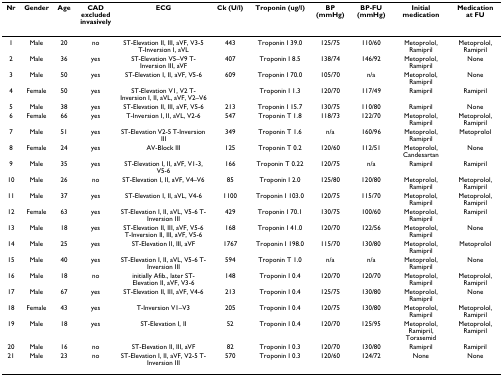
<table><thead><tr><td><b>Nr</b></td><td><b>Gender</b></td><td><b>Age</b></td><td><b>CAD excluded invasively</b></td><td><b>ECG</b></td><td><b>Ck (U/l)</b></td><td><b>Troponin (ug/l)</b></td><td><b>BP (mmHg)</b></td><td><b>BP-FU (mmHg)</b></td><td><b>Initial medication</b></td><td><b>Medication at FU</b></td></tr></thead><tbody><tr><td>1</td><td>Male</td><td>20</td><td>no</td><td>ST-Elevation II, III, aVF, V3-5 T-Inversion I, aVL</td><td>443</td><td>Troponin I 39.0</td><td>125/75</td><td>110/60</td><td>Metoprolol, Ramipril</td><td>Metoprolol, Ramipril</td></tr><tr><td>2</td><td>Male</td><td>36</td><td>yes</td><td>ST-Elevation V5–V9 T-Inversion III, aVF</td><td>407</td><td>Troponin I 8.5</td><td>138/74</td><td>146/92</td><td>Metoprolol, Ramipril</td><td>None</td></tr><tr><td>3</td><td>Male</td><td>50</td><td>yes</td><td>ST-Elevation I, II, aVF, V5-6</td><td>609</td><td>Troponin I 70.0</td><td>105/70</td><td>n/a</td><td>Metoprolol, Ramipril</td><td>None</td></tr><tr><td>4</td><td>Female</td><td>50</td><td>yes</td><td>ST-Elevation V1, V2 T-Inversion I, II, aVL, aVF, V2–V6</td><td></td><td>Troponin I 1.3</td><td>120/70</td><td>117/49</td><td>Ramipril</td><td>Ramipril</td></tr><tr><td>5</td><td>Male</td><td>38</td><td>yes</td><td>ST-Elevation II, III, aVF, V5-6</td><td>213</td><td>Troponin I 15.7</td><td>130/75</td><td>110/80</td><td>Ramipril</td><td>None</td></tr><tr><td>6</td><td>Female</td><td>66</td><td>yes</td><td>T-Inversion I, II, aVL, V2-6</td><td>547</td><td>Troponin T 1.8</td><td>118/73</td><td>122/70</td><td>Metoprolol, Ramipril</td><td>Metoprolol, Ramipril</td></tr><tr><td>7</td><td>Male</td><td>51</td><td>yes</td><td>ST-Elevation V2-5 T-Inversion III</td><td>349</td><td>Troponin T 1.6</td><td>n/a</td><td>160/96</td><td>Metoprolol, Ramipril</td><td>Metoprolol</td></tr><tr><td>8</td><td>Female</td><td>24</td><td>yes</td><td>AV-Block III</td><td>125</td><td>Troponin T 0.2</td><td>120/60</td><td>112/51</td><td>Metoprolol, Candesartan</td><td>None</td></tr><tr><td>9</td><td>Male</td><td>35</td><td>yes</td><td>ST-Elevation I, II, aVF, V1-3, V5-6</td><td>166</td><td>Troponin T 0.22</td><td>120/75</td><td>n/a</td><td>Ramipril</td><td>Ramipril</td></tr><tr><td>10</td><td>Male</td><td>26</td><td>no</td><td>ST-Elevation I, II, aVF, V4–V6</td><td>85</td><td>Troponin I 2.0</td><td>125/80</td><td>120/80</td><td>Metoprolol, Ramipril</td><td>Metoprolol, Ramipril</td></tr><tr><td>11</td><td>Male</td><td>37</td><td>yes</td><td>ST-Elevation I, II, aVL, V4-6</td><td>1100</td><td>Troponin I 103.0</td><td>120/75</td><td>115/70</td><td>Metoprolol, Ramipril</td><td>Metoprolol, Ramipril</td></tr><tr><td>12</td><td>Female</td><td>63</td><td>yes</td><td>ST-Elevation I, II, aVL, V5-6 T-Inversion III</td><td>429</td><td>Troponin I 70.1</td><td>130/75</td><td>100/60</td><td>Metoprolol, Ramipril</td><td>Ramipril</td></tr><tr><td>13</td><td>Male</td><td>18</td><td>yes</td><td>ST-Elevation II, III, aVF, V5-6 T-Inversion II, III, aVF, V5-6</td><td>168</td><td>Troponin I 41.0</td><td>120/70</td><td>122/56</td><td>Metoprolol, Ramipril</td><td>None</td></tr><tr><td>14</td><td>Male</td><td>25</td><td>yes</td><td>ST-Elevation II, III, aVF</td><td>1767</td><td>Troponin I 198.0</td><td>115/70</td><td>130/80</td><td>Metoprolol, Ramipril</td><td>Metoprolol</td></tr><tr><td>15</td><td>Male</td><td>40</td><td>yes</td><td>ST-Elevation I, II, aVL, V5-6 T-Inversion III</td><td>594</td><td>Troponin T 1.0</td><td>n/a</td><td>n/a</td><td>Metoprolol, Ramipril</td><td>None</td></tr><tr><td>16</td><td>Male</td><td>18</td><td>no</td><td>initially Afib., later ST-Elevation II, aVF, V3-6</td><td>148</td><td>Troponin I 0.4</td><td>120/70</td><td>120/70</td><td>Metoprolol, Ramipril</td><td>Metoprolol, Ramipril</td></tr><tr><td>17</td><td>Male</td><td>67</td><td>yes</td><td>ST-Elevation II, III, aVF, V4-6</td><td>213</td><td>Troponin I 0.4</td><td>125/75</td><td>130/80</td><td>Metoprolol, Ramipril</td><td>None</td></tr><tr><td>18</td><td>Female</td><td>43</td><td>yes</td><td>T-Inversion V1–V3</td><td>205</td><td>Troponin I 0.4</td><td>120/75</td><td>130/80</td><td>Metoprolol, Ramipril</td><td>Metoprolol, Ramipril</td></tr><tr><td>19</td><td>Male</td><td>18</td><td>yes</td><td>ST-Elevation I, II</td><td>52</td><td>Troponin I 0.4</td><td>120/70</td><td>125/95</td><td>Metoprolol, Ramipril, Torasemid</td><td>Metoprolol, Ramipril</td></tr><tr><td>20</td><td>Male</td><td>16</td><td>no</td><td>ST-Elevation II, III, aVF</td><td>82</td><td>Troponin I 0.3</td><td>120/70</td><td>130/80</td><td>Ramipril</td><td>Ramipril</td></tr><tr><td>21</td><td>Male</td><td>23</td><td>no</td><td>ST-Elevation I, II, aVF, V2-5 T-Inversion III</td><td>570</td><td>Troponin I 0.3</td><td>120/60</td><td>124/72</td><td>None</td><td>None</td></tr></tbody></table>